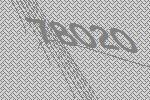
78020